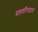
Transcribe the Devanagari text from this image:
सप्तर्षीमंडल